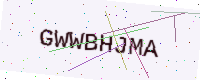
Text: GWWBHJMA